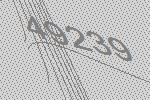
49239